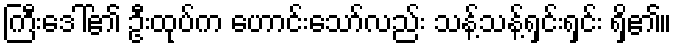
ကြီးဒေါ်၏ ဦးထုပ်က ဟောင်းသော်လည်း သန့်သန့်ရှင်းရှင်း ရှိ၏။